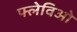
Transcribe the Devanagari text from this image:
फ्लेविओ